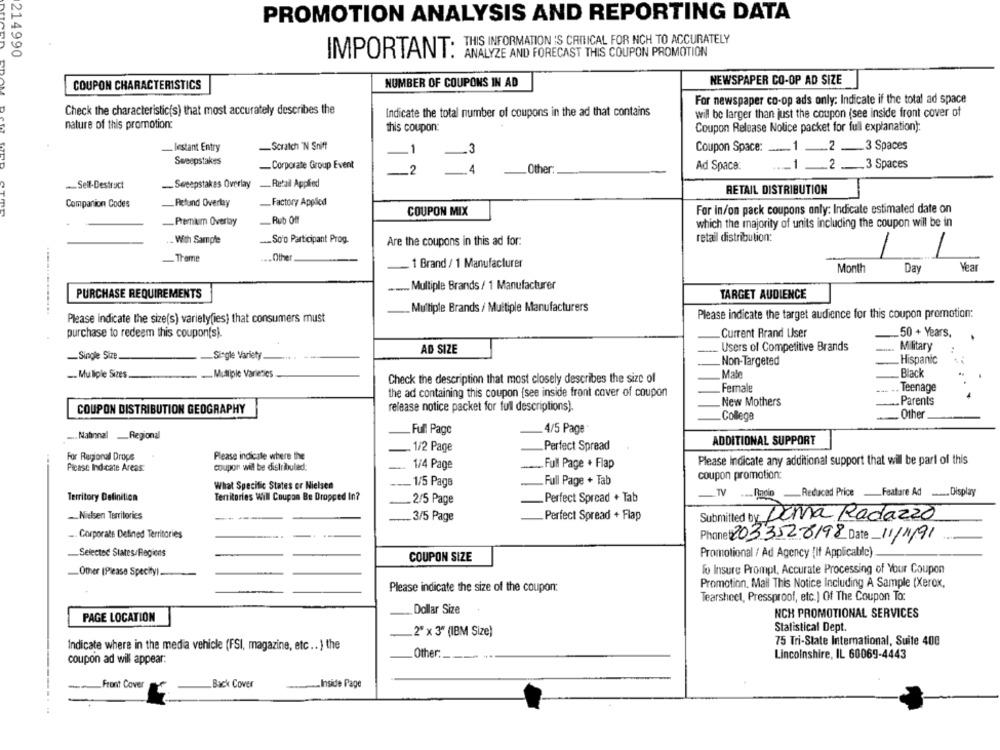
PROMOTION ANALYSIS AND REPORTING DATA
THIS INFORMATION IS CRITICAL FOR NCH TO ACCURATELY
214990
ANALYZE AND FORECAST THIS COUPON PROMOTION
IMPORTANT:
NUMBER OF COUPONS IN AD
NEWSPAPER CO-OP AD SIZE
COUPON CHARACTERISTICS
For newspaper co-op ads only: Indicate if the total ad space
Check the characteristic(s) that most accurately describes the
Indicate the total number of coupons in the ad that contains
will be larger than just the coupon (see inside front cover of
nature of this promotion:
this coupon:
Coupon Release Notice packet for full explanation):
EDAM DOM
lestant Entry
-Scratch "N Sniff
Coupon Space: __ 1
-
.2 .3 Spaces
Sweepstakes
-Corporate Group Event
Ad Space:
___ 1
_2 __. 3 Spaces
Other
Self-Destruct
- Sweepstakes Overlay
Retail Applied
RETAIL DISTRIBUTION
Companion Codes
Refund Overtay
_Factory Applied
For in/on pack coupons only: Indicate estimated date on
COUPON MIX
_Premium Overtay
Rub Off
which the majority of units including the coupon will be in
.- With Sample
.So'o Participant Prog.
retail distribution:
Are the coupons in this ad for.
-
-Theme
.... Other
1 Brand / 1 Manufacturer
Month
Day
Year
... Multiple Brands / 1 Manufacturer
PURCHASE REQUIREMENTS
TARGET AUDIENCE
_Multiple Brands / Multiple Manufacturers
Please indicate the target audience for this coupon promotion:
Please indicate the size(s) variety(ies) that consumers must
purchase to redeem this coupon(s).
Current Rrand User
50 + Years,
Users of Competitive Brands
Military
AD SIZE
-Single Size.
Single Variety
Hispanic
Non-Targeted
-. Muliple Sizes
Mutiple Varieties
Mate
Black
Check the description that most closely describes the size of
Female
Teenage
the ad containing this coupon (see inside front cover of coupon
New Mothers
Parents
COUPON DISTRIBUTION GEOGRAPHY
release notice packet for full descriptions).
College
Other
... Nabnnal _ Regional
Full Page
4/5 Page
ADDITIONAL SUPPORT
1/2 Page
Perfect Spread
For Regional Drops
Please indicate where the
coupor wil be distributed:
1/4 Page
. Full Page + Flap
Please indicate any additional support that wil be part of this
Please Indicate Areas:
coupon promotion:
What Specific States or Nielsen
1/5 Page
Full Page + Tab
Territories Will Coupon Be Dropped In?
.... Paolo -Redacad Price -Featare Ad ... Display
Territory Definition
2/5 Page
Perfect Spread + Tab
-. Nielsen Territories
.3/5 Page
.Perfect Spread + Flap
Doma Radazzo
Submitted by
-. Corporate Defined Territories
Phone 2033528198 Date 11/1/91
-Selected States/Regions
Promotional / Ad Agency {If Applicable)
COUPON SIZE
To Insure Prompt, Accurate Processing of Your Coupon
-Other (Please Specify) ....
Promotion, Mail This Notice Including A Sample (Xerox,
Please indicate the size of the coupon:
Tearshect, Pressproof, etc.) Of The Coupon To:
Dollar Size
NCH PROMOTIONAL SERVICES
PAGE LOCATION
Statistical Dept.
2" x 3" (IBM Size)
75 Tri-State International, Suite 400
Indicate where in the media vehicle (FSI, magazine, etc .. ) the
coupon ad will appear:
Other:
Lincolnshire, IL 60069-4443
-- Front Cover
Back Cover
Inside Page